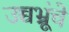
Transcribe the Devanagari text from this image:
उच्चभ्रूंचे